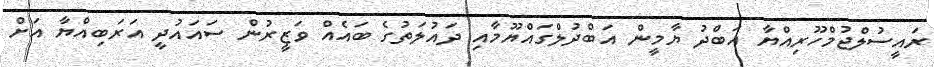
ރައީސުލްޖުމްހޫރިއްޔާ އަބްދު ޔާމީން އަބްދުލްގައްޔޫމާއި ދައުލަތުގެ ބައެއް ވަޒީރުން ސައައުދީ އަރަބިއްޔާ އަށް